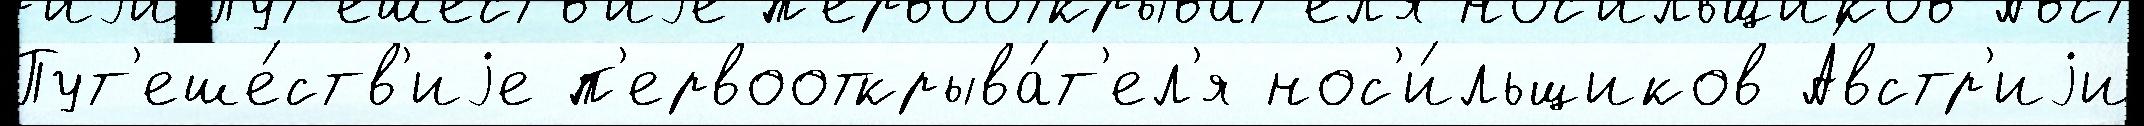
Пут'еше́ств'иjе п'ервооткрыва́т'ел'я нос'и́льщиков А́встр'иjи